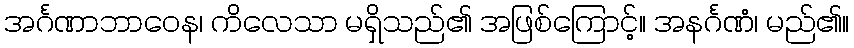
အင်္ဂဏာဘာဝေန၊ ကိလေသာ မရှိသည်၏ အဖြစ်ကြောင့်။ အနင်္ဂဏံ၊ မည်၏။